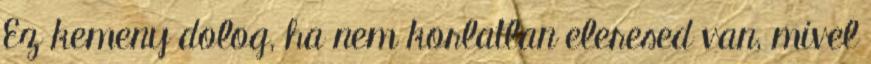
Ez kemeny dolog, ha nem korlatlan eleresed van, mivel